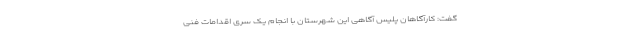
گفت: کارآگاهان پلیس آگاهی این شهرستان با انجام یک سری اقدامات فنی